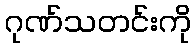
ဂုဏ်သတင်းကို